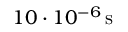
1 0 \cdot 1 0 ^ { - 6 } \, \mathrm { s }